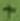
Text: +